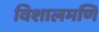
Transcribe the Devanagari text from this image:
विशालमणि